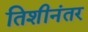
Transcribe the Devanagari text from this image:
तिशीनंतर